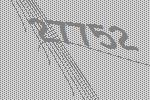
27752